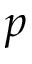
p